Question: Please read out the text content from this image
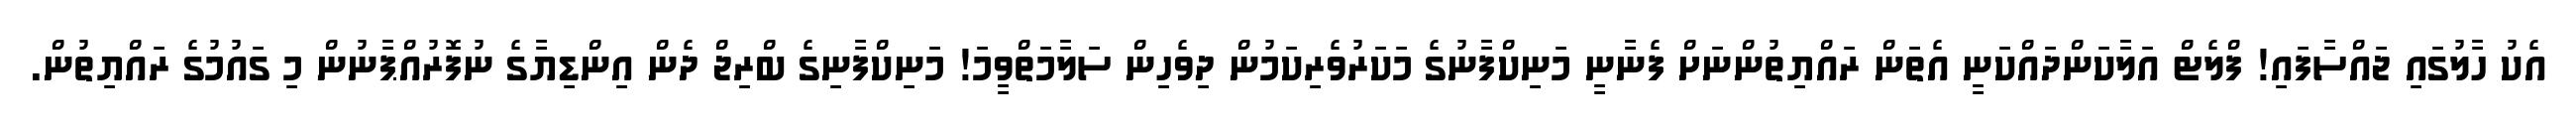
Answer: އެކު ހާލުގައި ޖައްސާފައި! ފްލެޓް އަލާކަންދައްކަނީ އެތަން ރައްޔިތުންނަށް ފެނާނީ މަނިކްފާނުގެ މަކަރުވެރިކަމުން ދިވެހިން ސަލާމަތްވީމަ! މަނިކްފާނިގެ ބްރިޖް ދެން އިންޑިޔާގެ ނުފޮރުއްޕާނުން މި ގައުމުގެ ރައްޔިތުން.